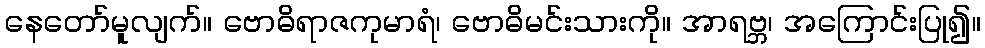
နေတော်မူလျက်။ ဗောဓိရာဇကုမာရံ၊ ဗောဓိမင်းသားကို။ အာရဗ္ဘ၊ အကြောင်းပြု၍။